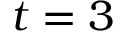
t = 3